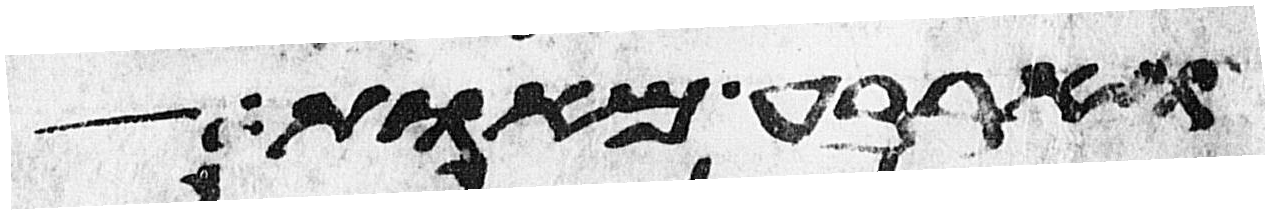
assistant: וארבע מאות